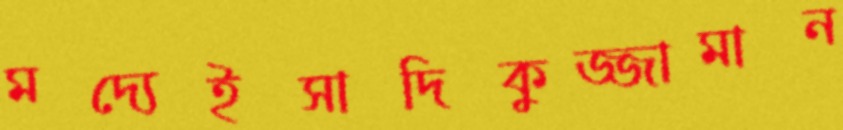
মদ্যেইসাদিকুজ্জামান